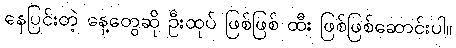
နေပြင်းတဲ့ နေ့တွေဆို ဦးထုပ် ဖြစ်ဖြစ် ထီး ဖြစ်ဖြစ်ဆောင်းပါ။